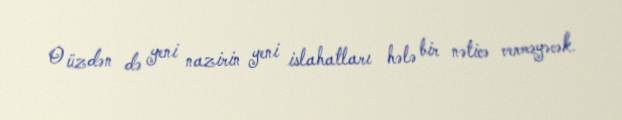
O üzdən də yeni nazirin yeni islahatları hələ bir nəticə verməyəcək.